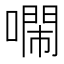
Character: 𠿷